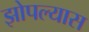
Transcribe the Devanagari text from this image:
झोपल्यास